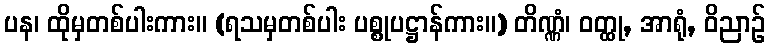
ပန၊ ထိုမှတစ်ပါးကား။ (ရသမှတစ်ပါး ပစ္စုပဋ္ဌာန်ကား။) တိဏ္ဏံ၊ ဝတ္ထု, အာရုံ, ဝိညာဉ်